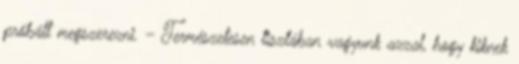
próbált megszerezni. – Természetesen tisztában vagyunk azzal, hogy kiknek